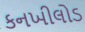
કનખીલોડ